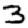
Digit: 3